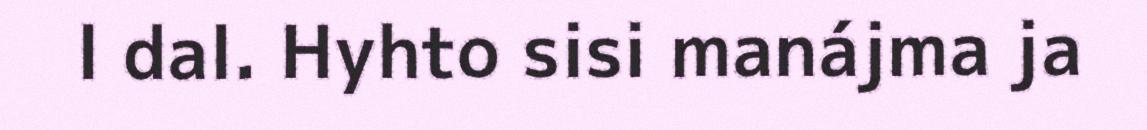
l dal. Hyhto sisi manájma ja